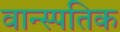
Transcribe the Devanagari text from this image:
वान्स्पतिक